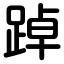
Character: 踔